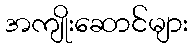
အကျိုးဆောင်များ